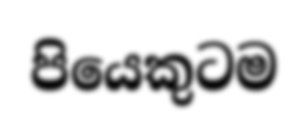
පියෙකුටම